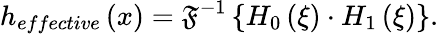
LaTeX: h_{effective}\left(x\right)=\mathfrak{F}^{-1}\left\{ H_{0}\left(\xi\right)\cdot H_{1}\left(\xi\right)\right\} .